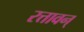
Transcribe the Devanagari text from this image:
रत्तावन्